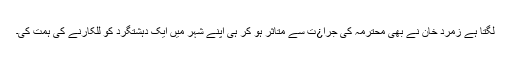
لگتا ہے زمرد خان نے بھی محترمہ کی جرا¿ت سے متاثر ہو کر ہی اپنے شہر میں ایک دہشتگرد کو للکارنے کی ہمت کی۔